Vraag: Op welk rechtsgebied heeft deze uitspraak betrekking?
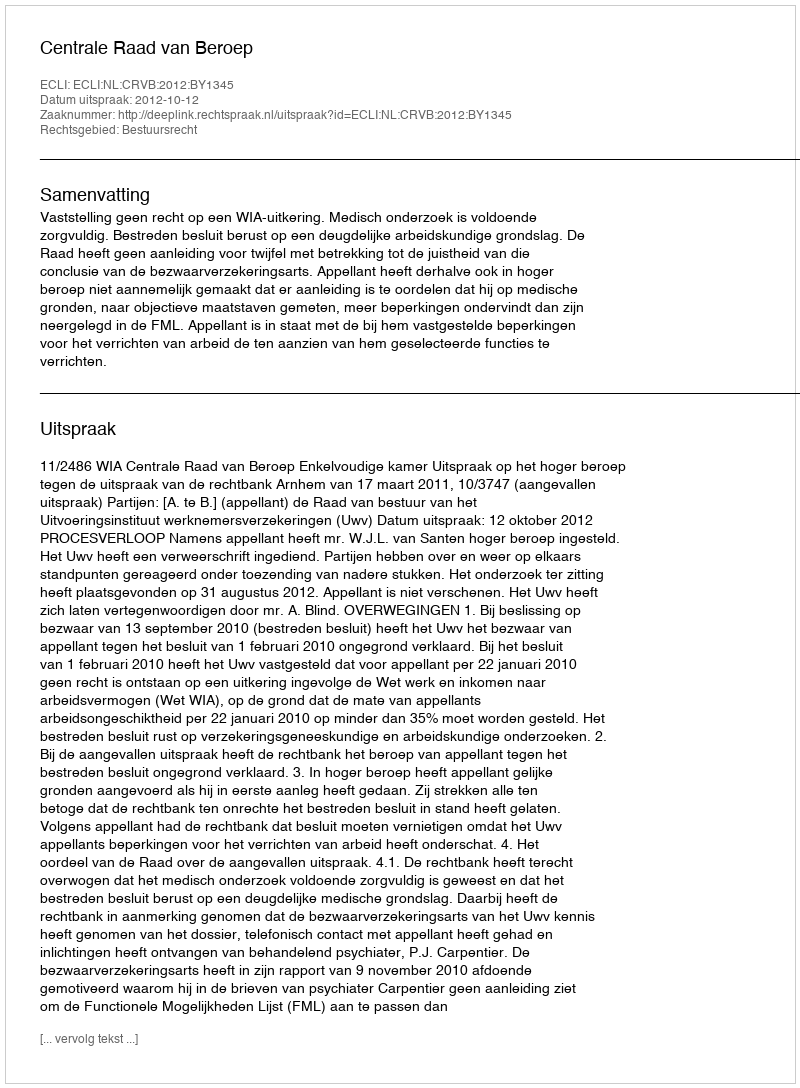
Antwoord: Bestuursrecht